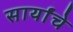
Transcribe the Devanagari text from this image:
सार्यांचे